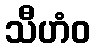
သီဟံဝ